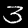
Digit: 3